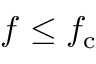
f \leq f _ { \mathrm { c } }